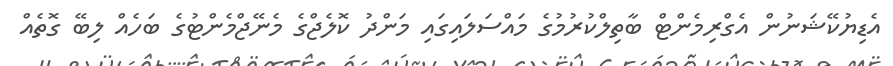
އެޑިޔުކޭޝަނުން އެގްރިމެންޓް ބާތިލްކުރުމުގެ މައްސަލައިގައި މަންދު ކޮލެޖްގެ މެނޭޖްމެންޓުގެ ބަހެއް ލިބޭ ގޮތެއް